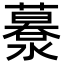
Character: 𦿹